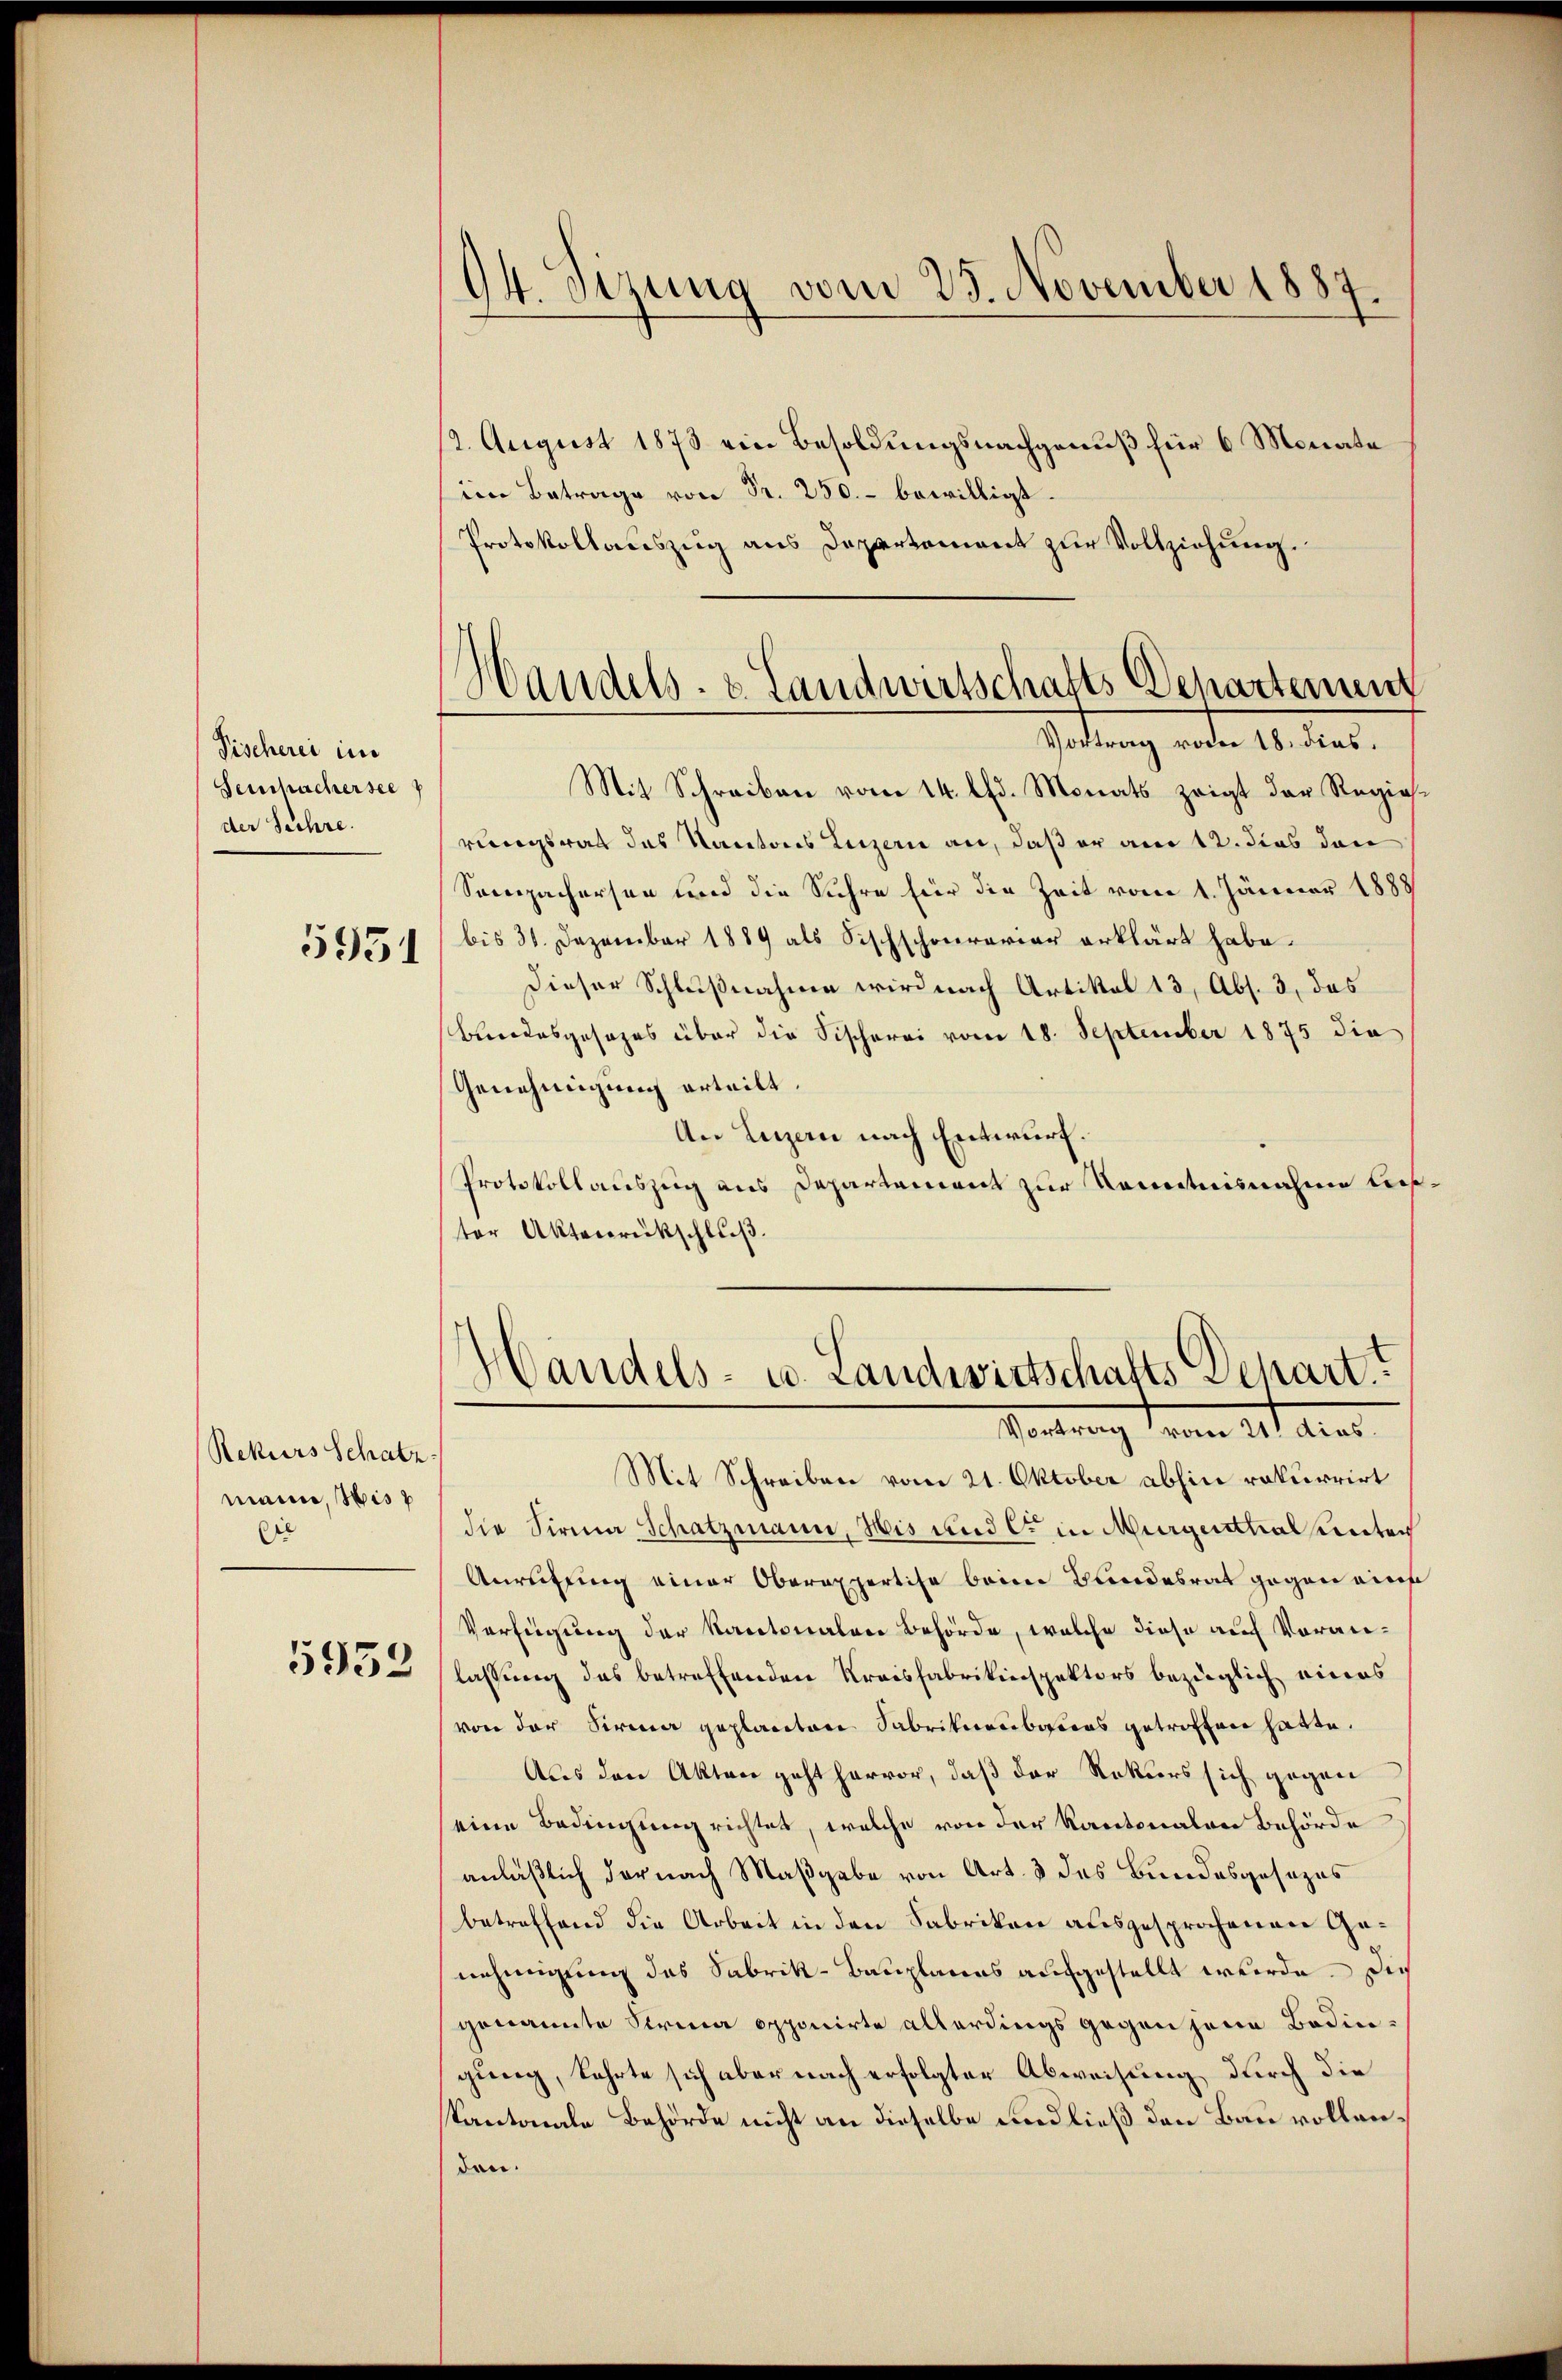
Fischerei im
Sempachersee
der Sehre.

5951

Rekurs Schatz
mann, Wis
si

5932

12. August 1873 ein Besoldungsnachgenuß für 6 Monate
im Betrage von Fr. 250.- bewilligt.
Protokollauszug aus Departement zur Vollziehung.

94. Sizung vom 23. November 1887.

Handels- & Landwirtschafts Departement
Gadung anden 14. dies

Handels- u. Landwirtschafts Depart?
Vortrag vom 14t Aus

Mit Schreiben vom 14. lfd. Monats zeigt der Regierungsrath des Kantons Luzern an, daß er am 12. dies den
Sempachersen und die Suhre für die Zeit vom 1. Jänner 1888
bis 31. Dezember 1889 als Fischschourarier erklärt habe.
Dieser Schlußnahme wird nach Artikel 13, Abs. 3, das
Bundesgesezes über die Fischerei vom 18. September 1875 die
Genehmigung erteilt.
An Luzern nach Entwurf.
Protokollauszug aus Departement zur Kenntnisnahme ließter Aktenrückschluß.

Mit Schreiben vom 21. Oktober abhin rekurrirt
die Firma Schatzmann, His und C in Murgenthal unter
Anreitung einer Oberexpertise beim Bundesrat gegen eine
Verfügung der Kantonalen Behörde, welche diese auf Voranlassung des betreffenden Kreisfabrikinspektors bezüglich eines
von der Firma geplanten Sabrikarbarens getroffen hatte.
Aus den Akten geht hervor, daß der Rekurs sich gegen
eine Bedingung richtet, welche von der Kantonalen Behörde
anläßlich der nach Maßgabe von Art. 3 des Bundesgesezes
betreffend die Arbeit in den Fabriken ausgesprochenen Genehmigung des Sabrik-Bauplanes aufgestellt wurde. Dies
genannte Sirma opponirte allerdings gegen jene Bedingung, kehrte sich aber nach erfolgter Abweisung durch die
Kantonale Behörde nicht an dieselbe und ließ den Bau vollenden.